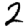
Digit: 2